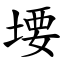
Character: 㙘